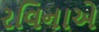
રવિનાએ